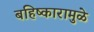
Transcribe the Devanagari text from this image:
बहिष्कारामुळे